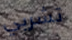
تشربي